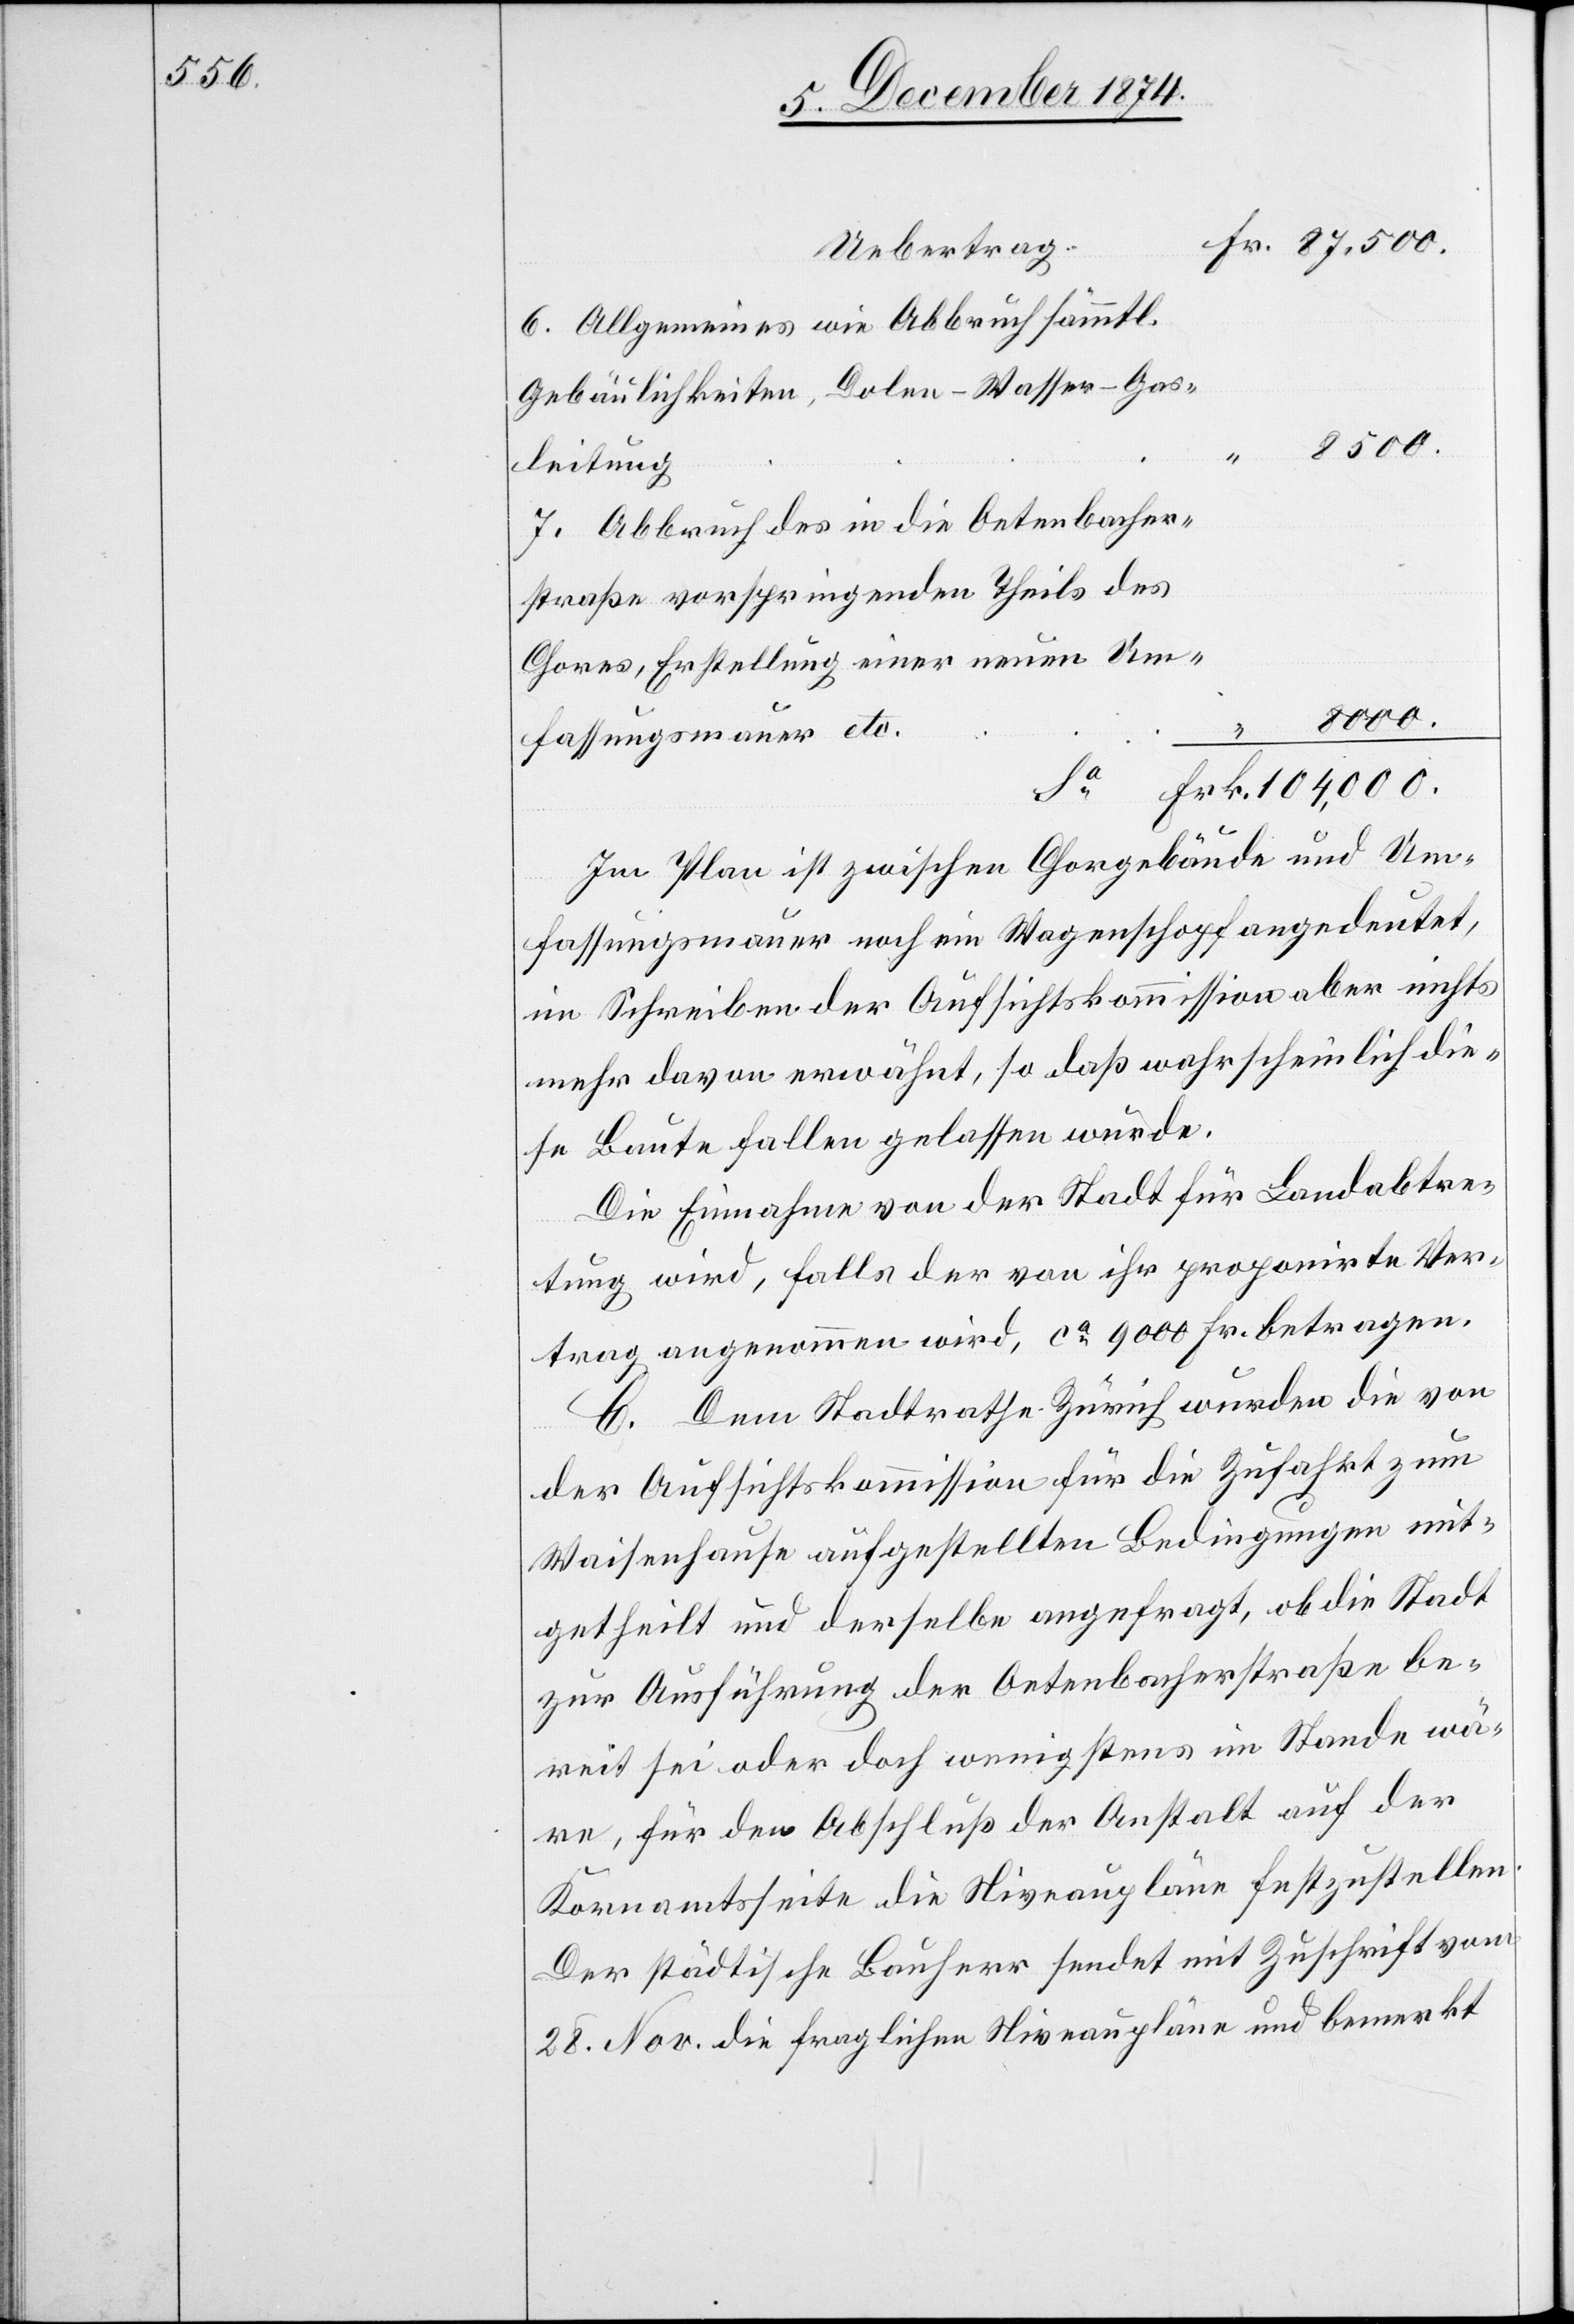
Uebertrag:
6. Allgemeines wie Abbruch sämmtl.
Gebäulichkeiten, Dolen-Wasser-Gas¬
leitung
7. Abbruch des in die Oetenbacher¬
straße [sic!] vorspringenden Theils des
Chores, Erstellung einer neuen Um¬
104,000.
fassungsmauer etc.
Im Plan ist zwischen Chorgebäude und Um¬
“
fassungsmauer noch ein Wagenschopf angedeutet,
im Schreiben der Aufsichtskommission aber nichts
mehr davon erwähnt, so daß wahrscheinlich die¬
se Baute fallen gelassen wurde.
Die Einnahme von der Stadt für Landabtre¬
tung wird, falls der von ihr proponirte Ver¬
trag angenommen wird, ca 9000 Fr. betragen.
C. Dem Stadtrathe Zürich wurden die von
der Aufsichtskommission für die Zufahrt zum
Waisenhause aufgestellten Bedingungen mit¬
getheilt und derselbe angefragt, ob die Stadt
zur Ausführung der Oetenbacherstraße be¬
reit sei oder doch wenigstens im Stande wä¬
re, für den Abschluß der Anstalt auf der
Kornamtsseite die Niveaupläne festzustellen.
Der städtische Bauherr sendet mit Zuschrift vom
28. Nov. die fraglichen Niveaupläne und bemerkt